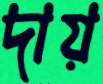
দায়